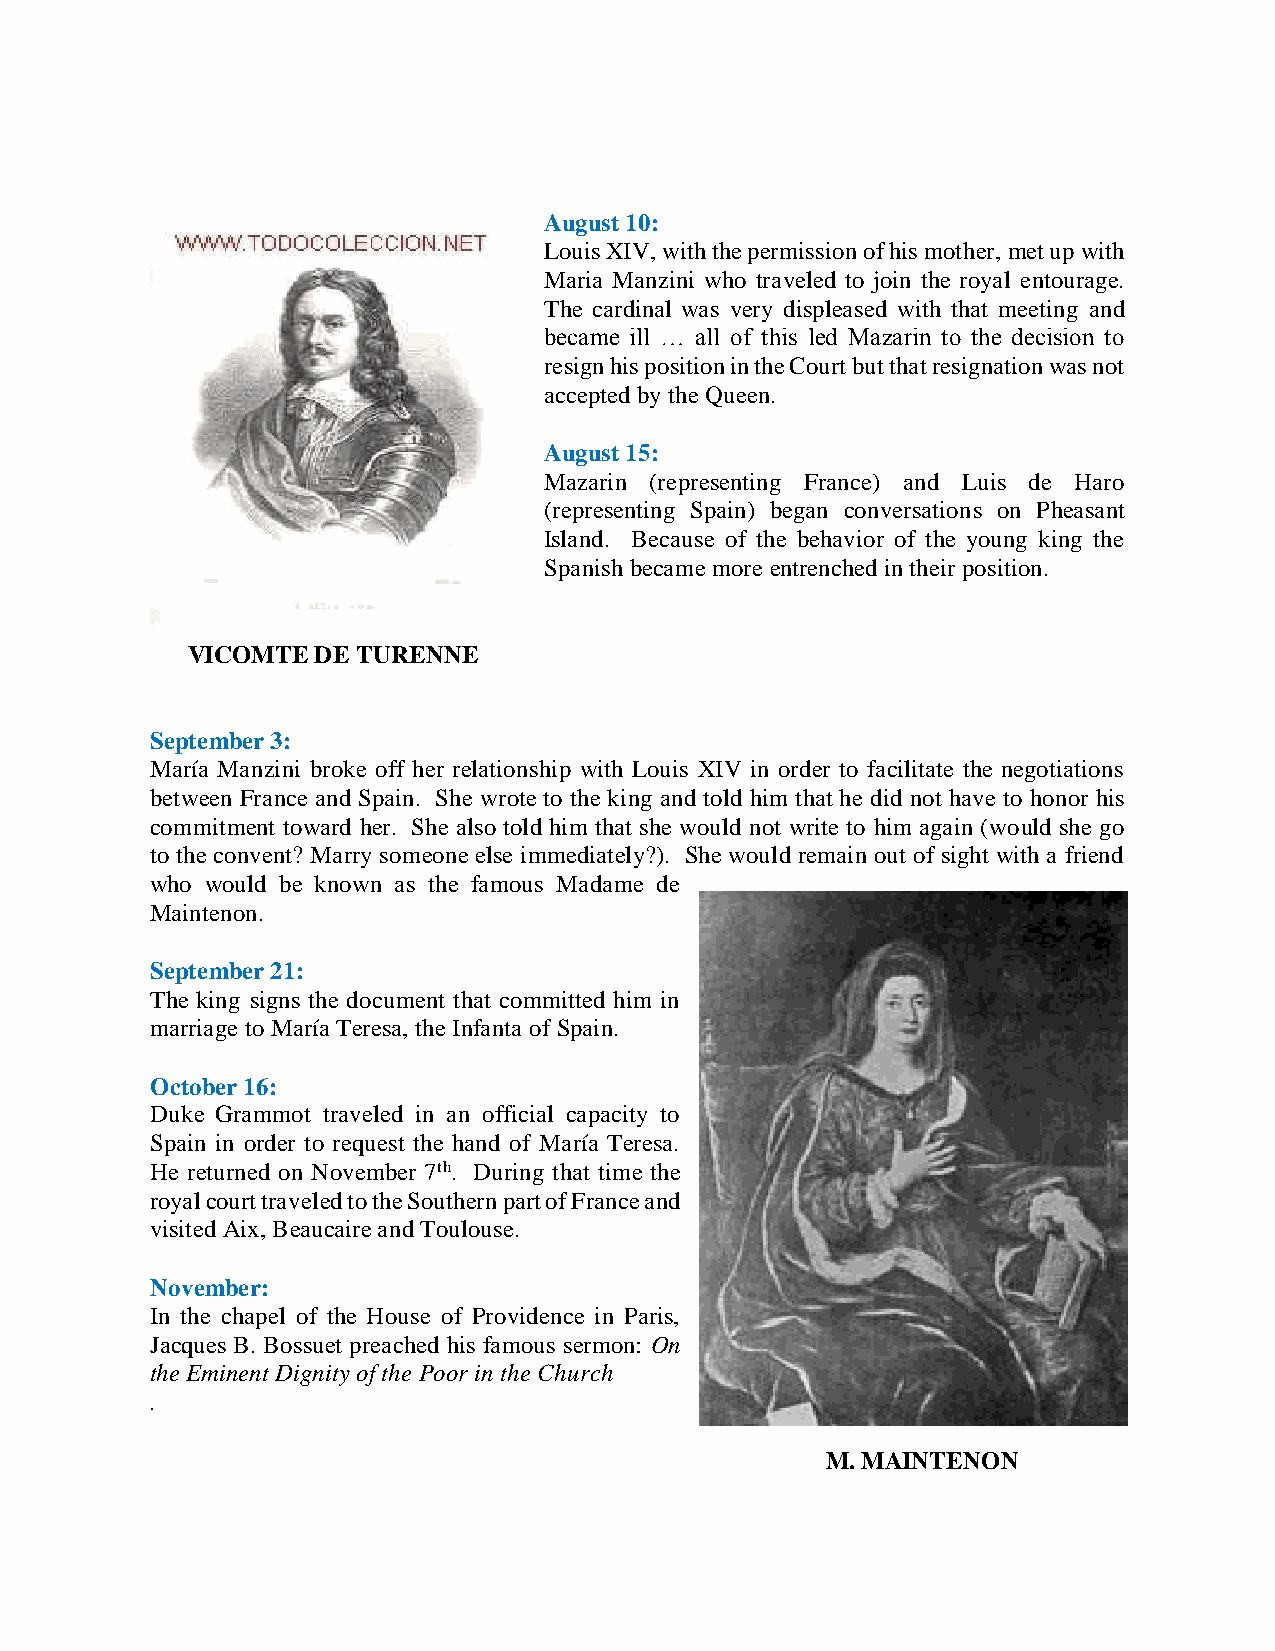
August 10:
 Louis XIV, with the permission of his mother, met up with
 Maria Manzini who traveled to join the royal entourage.
 The cardinal was very displeased with that meeting and
 became ill … all of this led Mazarin to the decision to
 resign his position in the Court but that resignation was not
 accepted by the Queen.
 August 15:
 Mazarin (representing France) and Luis de Haro
 (representing Spain) began conversations on Pheasant
 Island. Because of the behavior of the young king the
 Spanish became more entrenched in their position.
 VICOMTE  DE TURENNE
 September 3:
 María Manzini broke off her relationship with Louis XIV in order to facilitate the negotiations
 between France and Spain. She wrote to the king and told him that he did not have to honor his
 commitment toward her. She also told him that she would not write to him again (would she go
 to the convent? Marry someone else immediately?). She would remain out of sight with a friend
 who would be known as the famous Madame de
 Maintenon.
 September 21:
 The king signs the document that committed him in
 marriage to María Teresa, the Infanta of Spain.
 October 16:
 Duke Grammot traveled in an official capacity to
 Spain in order to request the hand of María Teresa.
 He returned on November 7th. During that time the
 royal court traveled to the Southern part of France and
 visited Aix, Beaucaire and Toulouse.
 November:
 In the chapel of the House of Providence in Paris,
 Jacques B. Bossuet preached his famous sermon: On
 the Eminent Dignity of the Poor in the Church
 .
 M. MAINTENON